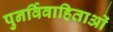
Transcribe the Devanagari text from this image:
पुनर्विवाहिताओं